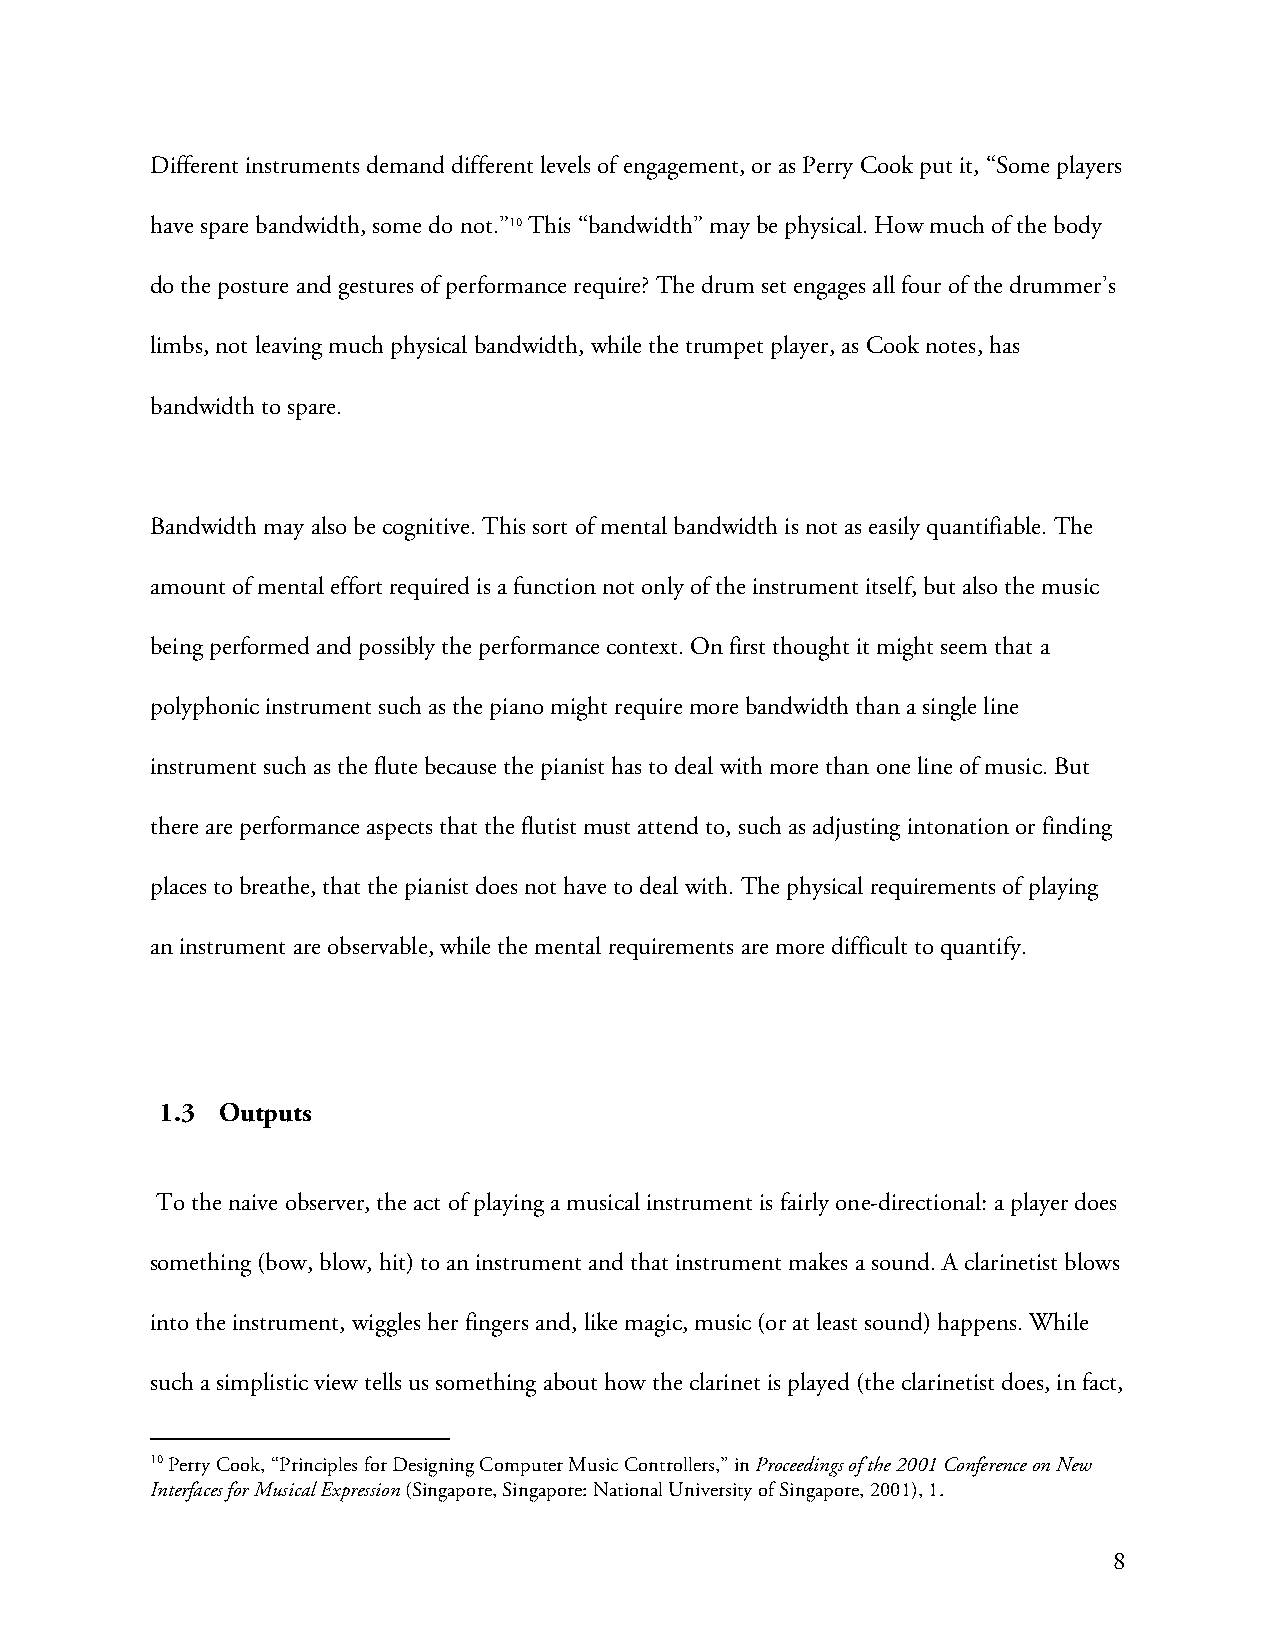
Different instruments demand different levels of engagement, or as Perry Cook put it, “Some players
 have spare bandwidth, some do not.”10 This “bandwidth” may be physical. How much of the body
 do the posture and gestures of performance require? The drum set engages all four of the drummer’s
 limbs, not leaving much physical bandwidth, while the trumpet player, as Cook notes, has
 bandwidth to spare.
 Bandwidth may also be cognitive. This sort of mental bandwidth is not as easily quantifiable. The
 amount of mental effort required is a function not only of the instrument itself, but also the music
 being performed and possibly the performance context. On first thought it might seem that a
 polyphonic instrument such as the piano might require more bandwidth than a single line
 instrument such as the flute because the pianist has to deal with more than one line of music. But
 there are performance aspects that the flutist must attend to, such as adjusting intonation or finding
 places to breathe, that the pianist does not have to deal with. The physical requirements of playing
 an instrument are observable, while the mental requirements are more difficult to quantify.
 1.3 Outputs
 To the naive observer, the act of playing a musical instrument is fairly one-directional: a player does
 something (bow, blow, hit) to an instrument and that instrument makes a sound. A clarinetist blows
 into the instrument, wiggles her fingers and, like magic, music (or at least sound) happens. While
 such a simplistic view tells us something about how the clarinet is played (the clarinetist does, in fact,
 10 Perry Cook, “Principles for Designing Computer Music Controllers,” in Proceedings of the 2001 Conference on New
 Interfaces for Musical Expression (Singapore, Singapore: National University of Singapore, 2001), 1.
 8